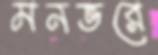
মনভরে